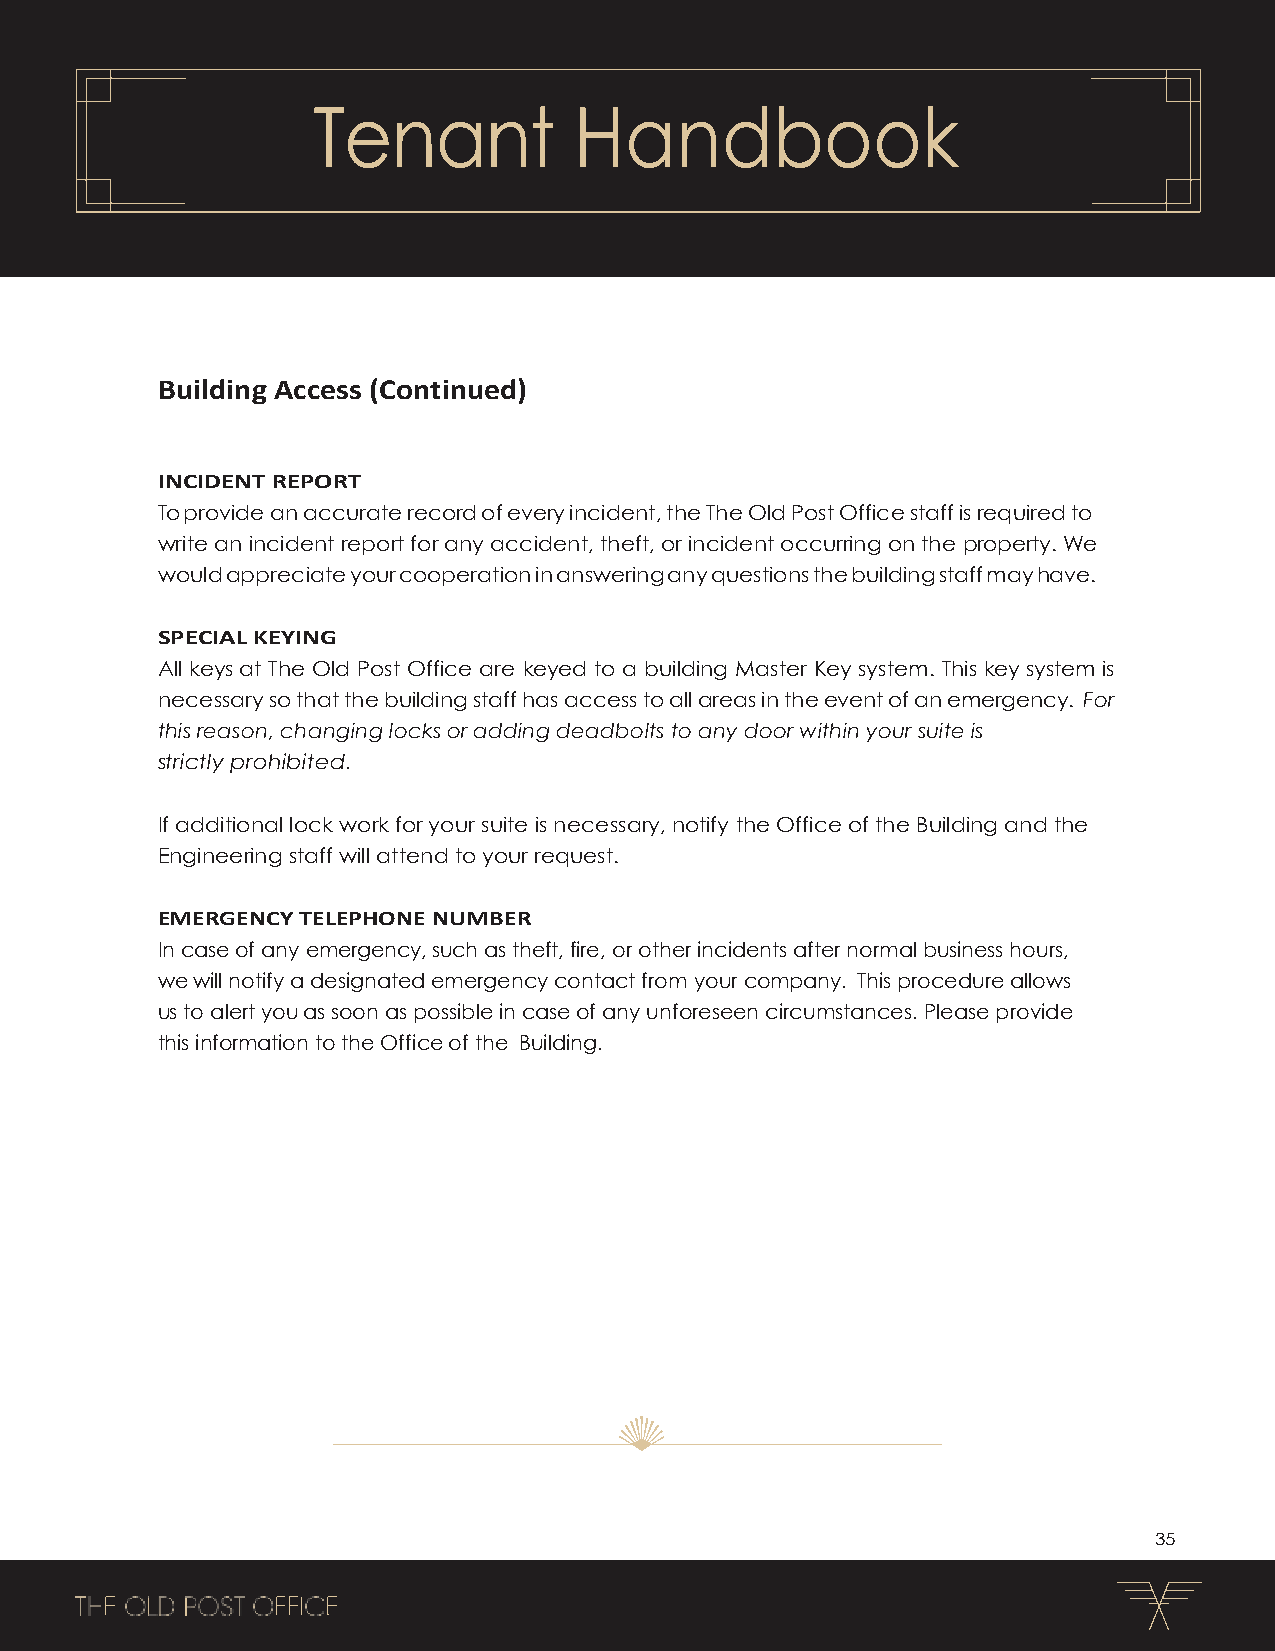
Tenant           Handbook
 Building Access (Continued)
 INCIDENT REPORT
 To provide an accurate record of every incident, the The Old Post Office staff is required to
 write an incident report for any accident, theft, or incident occurring on the property. We
 would appreciate your cooperation in answering any questions the building staff may have.
 SPECIAL KEYING
 All keys at The Old Post Office are keyed to a building Master Key system. This key system is
 necessary so that the building staff has access to all areas in the event of an emergency. For
 this reason, changing locks or adding deadbolts to any door within your suite is
 strictly prohibited.
 If additional lock work for your suite is necessary, notify the Office of the Building and the
 Engineering staff will attend to your request.
 EMERGENCY TELEPHONE NUMBER
 In case of any emergency, such as theft, fire, or other incidents after normal business hours,
 we will notify a designated emergency contact from your company. This procedure allows
 us to alert you as soon as possible in case of any unforeseen circumstances. Please provide
 this information to the Office of the Building.
 35